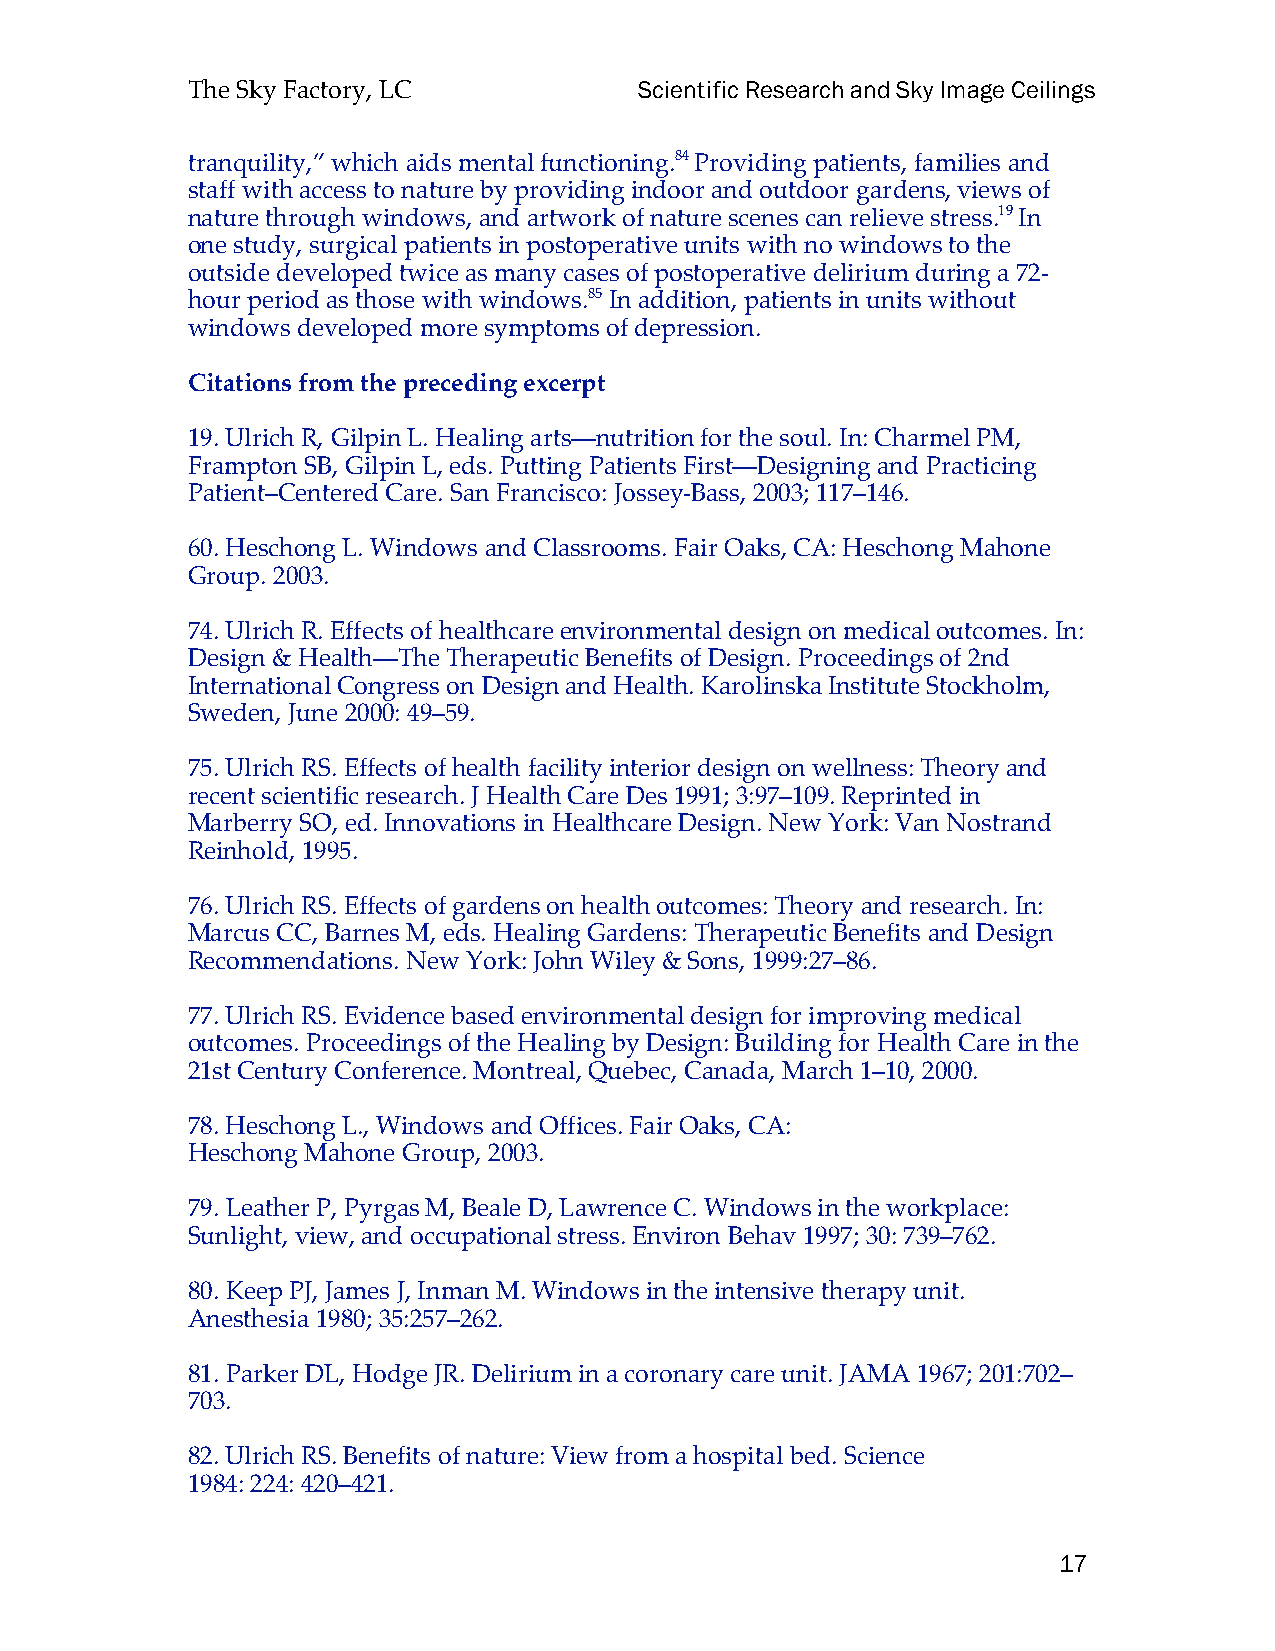
The Sky Factory, LC           Scientific Research and Sky Image Ceilings
 tranquility,” which aids mental functioning.84 Providing patients, families and
 staff with access to nature by providing indoor and outdoor gardens, views of
 nature through windows, and artwork of nature scenes can relieve stress.19 In
 one study, surgical patients in postoperative units with no windows to the
 outside developed twice as many cases of postoperative delirium during a 72-
 hour period as those with windows.85 In addition, patients in units without
 windows developed more symptoms of depression.
 Citations from the preceding excerpt
 19. Ulrich R, Gilpin L. Healing arts—nutrition for the soul. In: Charmel PM,
 Frampton SB, Gilpin L, eds. Putting Patients First—Designing and Practicing
 Patient–Centered Care. San Francisco: Jossey-Bass, 2003; 117–146.
 60. Heschong L. Windows and Classrooms. Fair Oaks, CA: Heschong Mahone
 Group. 2003.
 74. Ulrich R. Effects of healthcare environmental design on medical outcomes. In:
 Design & Health—The Therapeutic Benefits of Design. Proceedings of 2nd
 International Congress on Design and Health. Karolinska Institute Stockholm,
 Sweden, June 2000: 49–59.
 75. Ulrich RS. Effects of health facility interior design on wellness: Theory and
 recent scientific research. J Health Care Des 1991; 3:97–109. Reprinted in
 Marberry SO, ed. Innovations in Healthcare Design. New York: Van Nostrand
 Reinhold, 1995.
 76. Ulrich RS. Effects of gardens on health outcomes: Theory and research. In:
 Marcus CC, Barnes M, eds. Healing Gardens: Therapeutic Benefits and Design
 Recommendations. New York: John Wiley & Sons, 1999:27–86.
 77. Ulrich RS. Evidence based environmental design for improving medical
 outcomes. Proceedings of the Healing by Design: Building for Health Care in the
 21st Century Conference. Montreal, Quebec, Canada, March 1–10, 2000.
 78. Heschong L., Windows and Offices. Fair Oaks, CA:
 Heschong Mahone Group, 2003.
 79. Leather P, Pyrgas M, Beale D, Lawrence C. Windows in the workplace:
 Sunlight, view, and occupational stress. Environ Behav 1997; 30: 739–762.
 80. Keep PJ, James J, Inman M. Windows in the intensive therapy unit.
 Anesthesia 1980; 35:257–262.
 81. Parker DL, Hodge JR. Delirium in a coronary care unit. JAMA 1967; 201:702–
 703.
 82. Ulrich RS. Benefits of nature: View from a hospital bed. Science
 1984: 224: 420–421.
 17